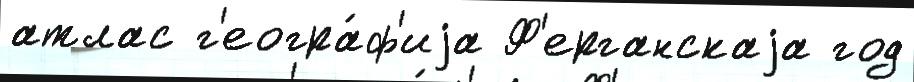
атлас г'еогра́ф'иjа Ф'ерганскаjа год